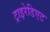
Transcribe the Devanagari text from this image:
ट्राइरेडिएट